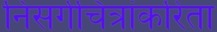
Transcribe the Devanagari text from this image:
निसर्गचित्रांकरिता